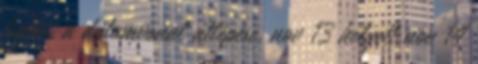
hajón, a dátumvonal átlépése, nov 13 helyett nov 14